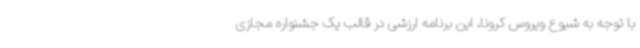
با توجه به شیوع ویروس کرونا، این برنامه ارزشی در قالب یک جشنواره مجازی